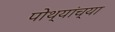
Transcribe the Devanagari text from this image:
पोथ्यांच्या